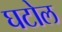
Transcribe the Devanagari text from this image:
घटोल